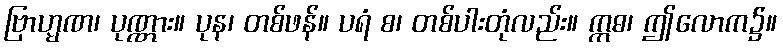
ဗြာဟ္မဏ၊ ပုဏ္ဏား။ ပုန၊ တစ်ဖန်။ ပရံ စ၊ တစ်ပါးတုံလည်း။ ဣဓ၊ ဤလောက၌။